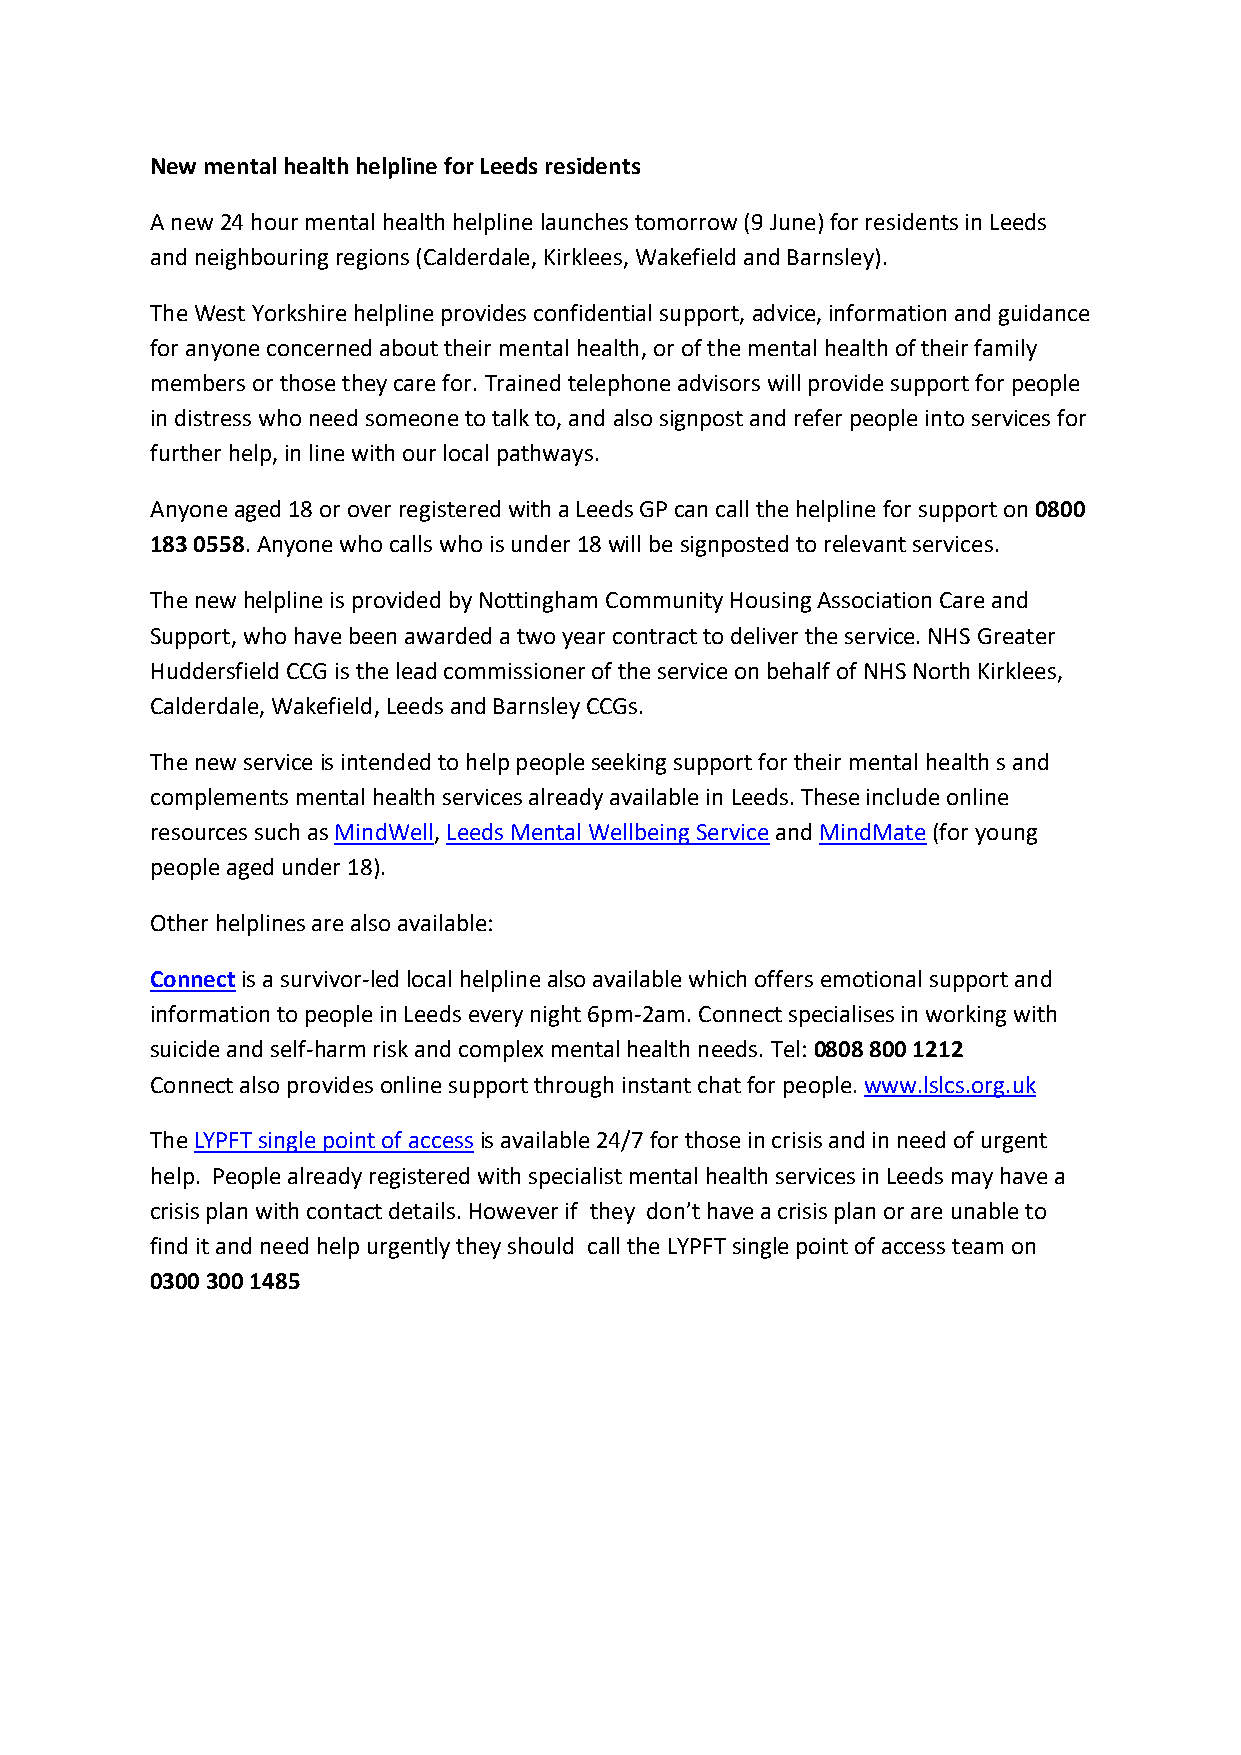
New mental health helpline for Leeds residents
 A new 24 hour mental health helpline launches tomorrow (9 June) for residents in Leeds
 and neighbouring regions (Calderdale, Kirklees, Wakefield and Barnsley).
 The West Yorkshire helpline provides confidential support, advice, information and guidance
 for anyone concerned about their mental health, or of the mental health of their family
 members or those they care for. Trained telephone advisors will provide support for people
 in distress who need someone to talk to, and also signpost and refer people into services for
 further help, in line with our local pathways.
 Anyone aged 18 or over registered with a Leeds GP can call the helpline for support on 0800
 183 0558. Anyone who calls who is under 18 will be signposted to relevant services.
 The new helpline is provided by Nottingham Community Housing Association Care and
 Support, who have been awarded a two year contract to deliver the service. NHS Greater
 Huddersfield CCG is the lead commissioner of the service on behalf of NHS North Kirklees,
 Calderdale, Wakefield, Leeds and Barnsley CCGs.
 The new service is intended to help people seeking support for their mental health s and
 complements mental health services already available in Leeds. These include online
 resources such as MindWell, Leeds Mental Wellbeing Service and MindMate (for young
 people aged under 18).
 Other helplines are also available:
 Connect is a survivor-led local helpline also available which offers emotional support and
 information to people in Leeds every night 6pm-2am. Connect specialises in working with
 suicide and self-harm risk and complex mental health needs. Tel: 0808 800 1212
 Connect also provides online support through instant chat for people. www.lslcs.org.uk
 The LYPFT single point of access is available 24/7 for those in crisis and in need of urgent
 help. People already registered with specialist mental health services in Leeds may have a
 crisis plan with contact details. However if they don’t have a crisis plan or are unable to
 find it and need help urgently they should call the LYPFT single point of access team on
 0300 300 1485